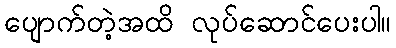
ပျောက်တဲ့အထိ လုပ်ဆောင်ပေးပါ။